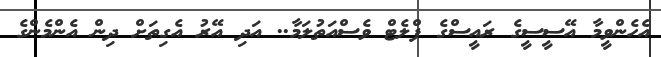
އެހެންވީމާ އޭސީސީގެ ރައީސްގެ ފްލެޓް ވެސްއަތުލަމާ.. އަދި އޭރު އެގިތަށް ދިން އެންމެންގެ